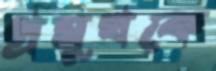
প্রমুখকে